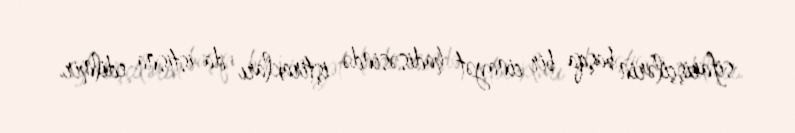
sifarişçilərin başqa bir cinayət hadisəsində iştirakları da istisna edilmir.